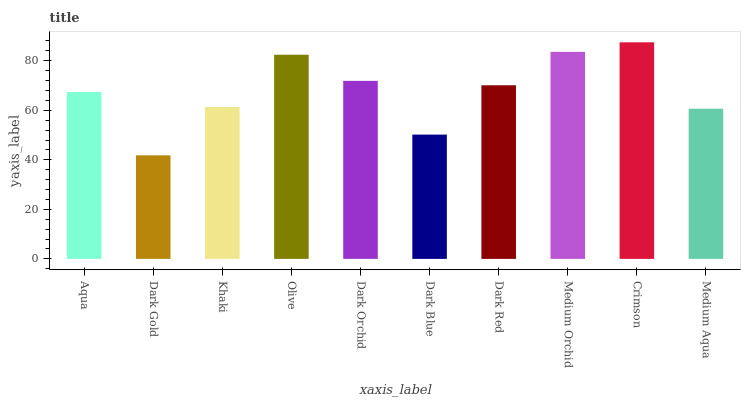
| xaxis_label | bars |
 | --- | --- |
 | Aqua | 67.4 |
 | Dark Gold | 41.8 |
 | Khaki | 61.3 |
 | Olive | 82.4 |
 | Dark Orchid | 71.9 |
 | Dark Blue | 50.2 |
 | Dark Red | 70.1 |
 | Medium Orchid | 83.6 |
 | Crimson | 87.5 |
 | Medium Aqua | 60.7 |